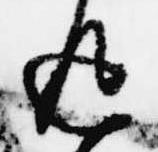
返